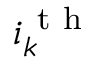
i _ { k } ^ { \mathrm { ~ t ~ h ~ } }